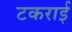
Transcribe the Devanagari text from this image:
टकराईं